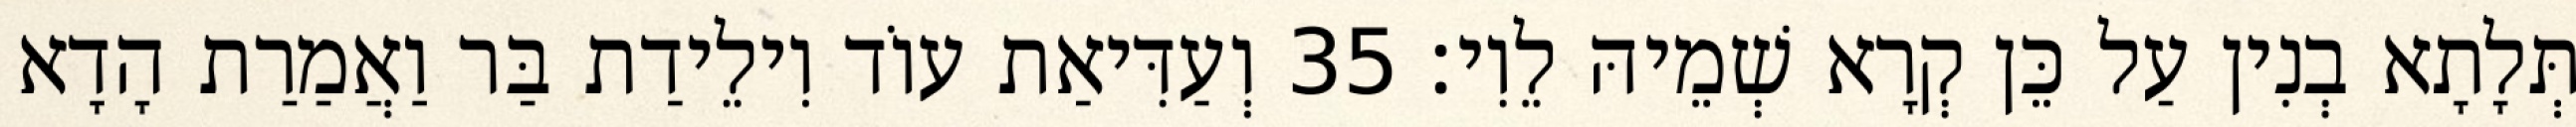
תְּלָתָא בְנִין עַל כֵּן קְרָא שְׁמֵיהּ לֵוִי׃ 35 וְעַדִּיאַת עוֹד וִילֵידַת בַּר וַאֲמַרַת הָדָא